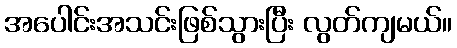
အပေါင်းအသင်းဖြစ်သွားပြီး လွတ်ကျမယ်။